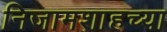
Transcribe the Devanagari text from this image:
निजामशाहच्या